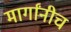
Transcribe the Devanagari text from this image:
मार्गांनीच